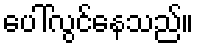
ပေါ်လွင်နေသည်။